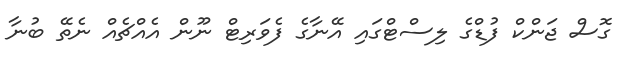
ގޮސް ޖަންކް ފުޑްގެ ލިސްޓްގައި އޭނާގެ ފެވަރިޓް ނޫން އެއްޗެއް ނެތޭ ބުނާ